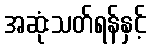
အဆုံးသတ်ရန်နှင့်